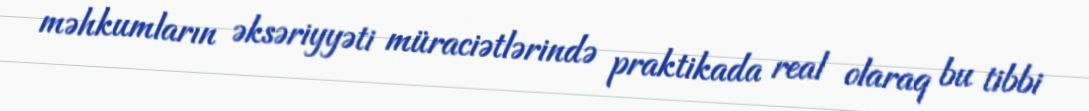
məhkumların əksəriyyəti müraciətlərində praktikada real olaraq bu tibbi